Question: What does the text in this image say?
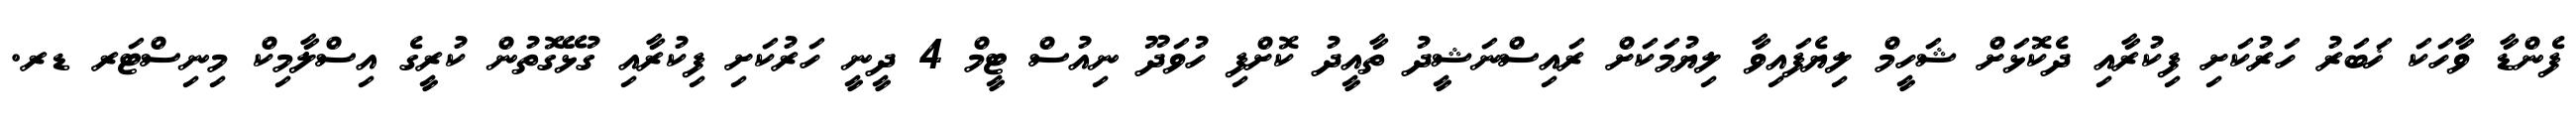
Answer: ފެންޑާ ވާހަކަ ޚަބަރު ހަރުކަށި ފިކުރާއި ދެކޮޅަށް ޝަހީމް ލިޔެފައިވާ ލިޔުމަކަށް ރައިސްނަޝީދު ތާއީދު ކޮށްފި ހުވަދޫ ނިއުސް ޓީމް 4 ދީނީ ހަރުކަށި ފިކުރާއި ގުޅޭގޮތުން ކުރީގެ އިސްލާމިކް މިނިސްޓަރ ޑރ.